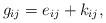
LaTeX: \begin{align*}g_{ij} = e_{ij} +k_{ij},\end{align*}